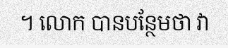
។ លោក បានបន្ថែមថា វា